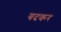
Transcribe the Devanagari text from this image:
बदकर